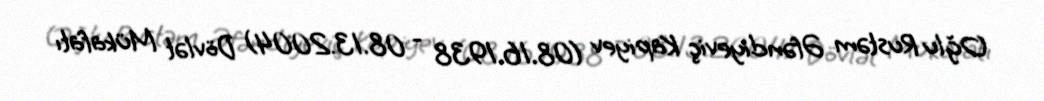
Oğlu Rustəm Əfəndiyeviç Kapiyev (08.16.1938 - 08.13.2004) Dövlət Mükafatı